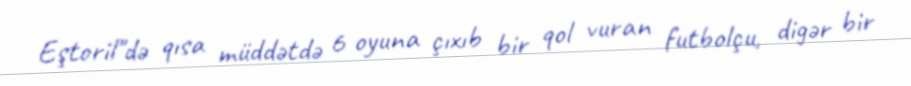
Eştoril"də qısa müddətdə 6 oyuna çıxıb bir qol vuran futbolçu, digər bir